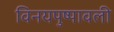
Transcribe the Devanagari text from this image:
विनयपुष्पावली